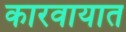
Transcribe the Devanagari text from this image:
कारवायात